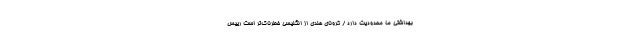
بهداشتی ما محدودیت دارد / کرونای هندی از انگلیسی خطرناک‌تر است رییس